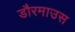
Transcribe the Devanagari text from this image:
डौरमाउस